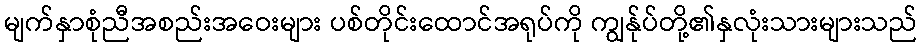
မျက်နှာစုံညီအစည်းအဝေးများ ပစ်တိုင်းထောင်အရုပ်ကို ကျွန်ုပ်တို့၏နှလုံးသားများသည်